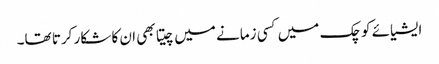
ایشیائے کوچک میں کسی زمانے میں چیتا بھی ان کا شکار کرتا تھا۔